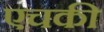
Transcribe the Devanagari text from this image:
एचकी